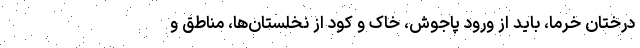
درختان خرما، باید از ورود پاجوش، خاک و کود از نخلستان‌ها، مناطق و